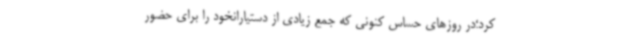
کرد؛در روزهای حساس کنونی که جمع زیادی از دستیارانخود را برای حضور